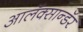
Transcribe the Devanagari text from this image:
आलॅक्सान्डॅर